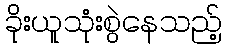
ခိုးယူသုံးစွဲနေသည့်